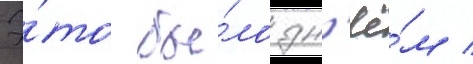
Э́то бы́ло дн'ё́м /